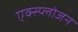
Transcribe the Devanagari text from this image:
एक्स्प्लोजन